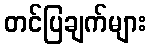
တင်ပြချက်များ